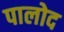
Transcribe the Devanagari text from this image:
पालोद